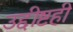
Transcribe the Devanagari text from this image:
उद्दीष्टही